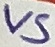
Text: VS